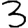
Digit: 3